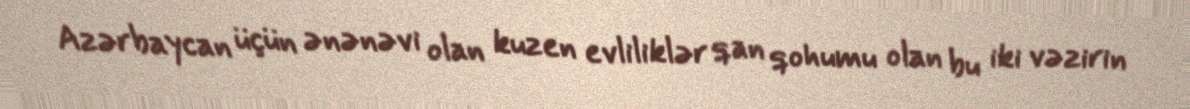
Azərbaycan üçün ənənəvi olan kuzen evliliklər qan qohumu olan bu iki vəzirin